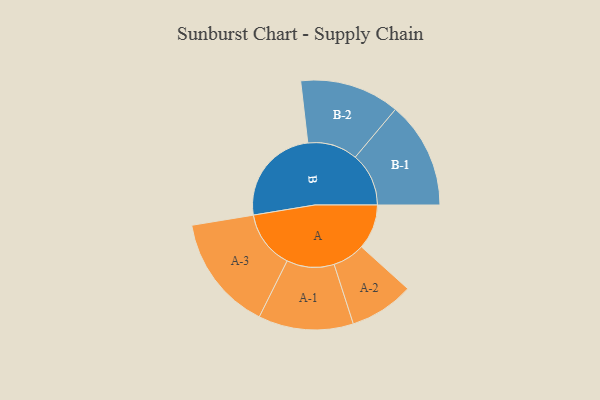
{"axis": {"x": "Segment", "y": "Value"}, "legend": ["", "A", "B"], "data": [{"x": "A", "y": 218, "type": ""}, {"x": "B", "y": 481, "type": ""}, {"x": "A-1", "y": 230, "type": "A"}, {"x": "A-2", "y": 156, "type": "A"}, {"x": "A-3", "y": 281, "type": "A"}, {"x": "B-1", "y": 259, "type": "B"}, {"x": "B-2", "y": 242, "type": "B"}]}